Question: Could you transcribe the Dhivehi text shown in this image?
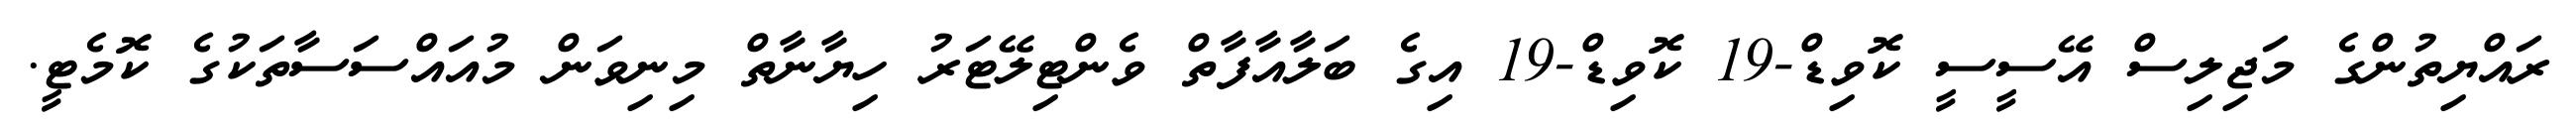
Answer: ރައްޔިތުންގެ މަޖިލިސް އޭސީސީ ކޮވިޑް-19 ކޮވިޑް-19 އިގެ ބަލާއާފާތް ވެންޓިލޭޓަރު ހިޔާނާތް މިނިވަން މުއައްސަސާތަކުގެ ކޮމެޓީ.